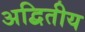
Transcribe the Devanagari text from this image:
अद्बितीय